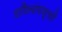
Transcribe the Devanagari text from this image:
दायित्वांपासूनही